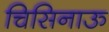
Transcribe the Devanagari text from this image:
चिसिनाऊ